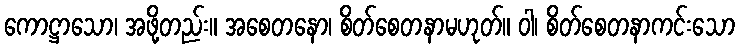
ကောဋ္ဌာသော၊ အဖို့တည်း။ အစေတနော၊ စိတ်စေတနာမဟုတ်။ ဝါ၊ စိတ်စေတနာကင်းသော